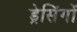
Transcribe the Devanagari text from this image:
ड्रेसिंगों